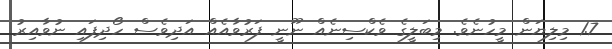
1.7 މިލިޔަން މީހުނެވެ. މިބަލީގެ ވެކްސިނެއް ނޫނީ ފަރުވާއެއް އަދިވެސް ހޯދިފައި ނުވާއިރު